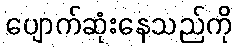
ပျောက်ဆုံးနေသည်ကို